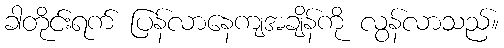
ခါတိုင်းရက် ပြန်လာနေကျအချိန်ကို လွန်လာသည်။